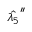
\hat { \lambda _ { 5 } } ^ { \prime \prime }